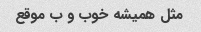
مثل همیشه خوب و ب موقع